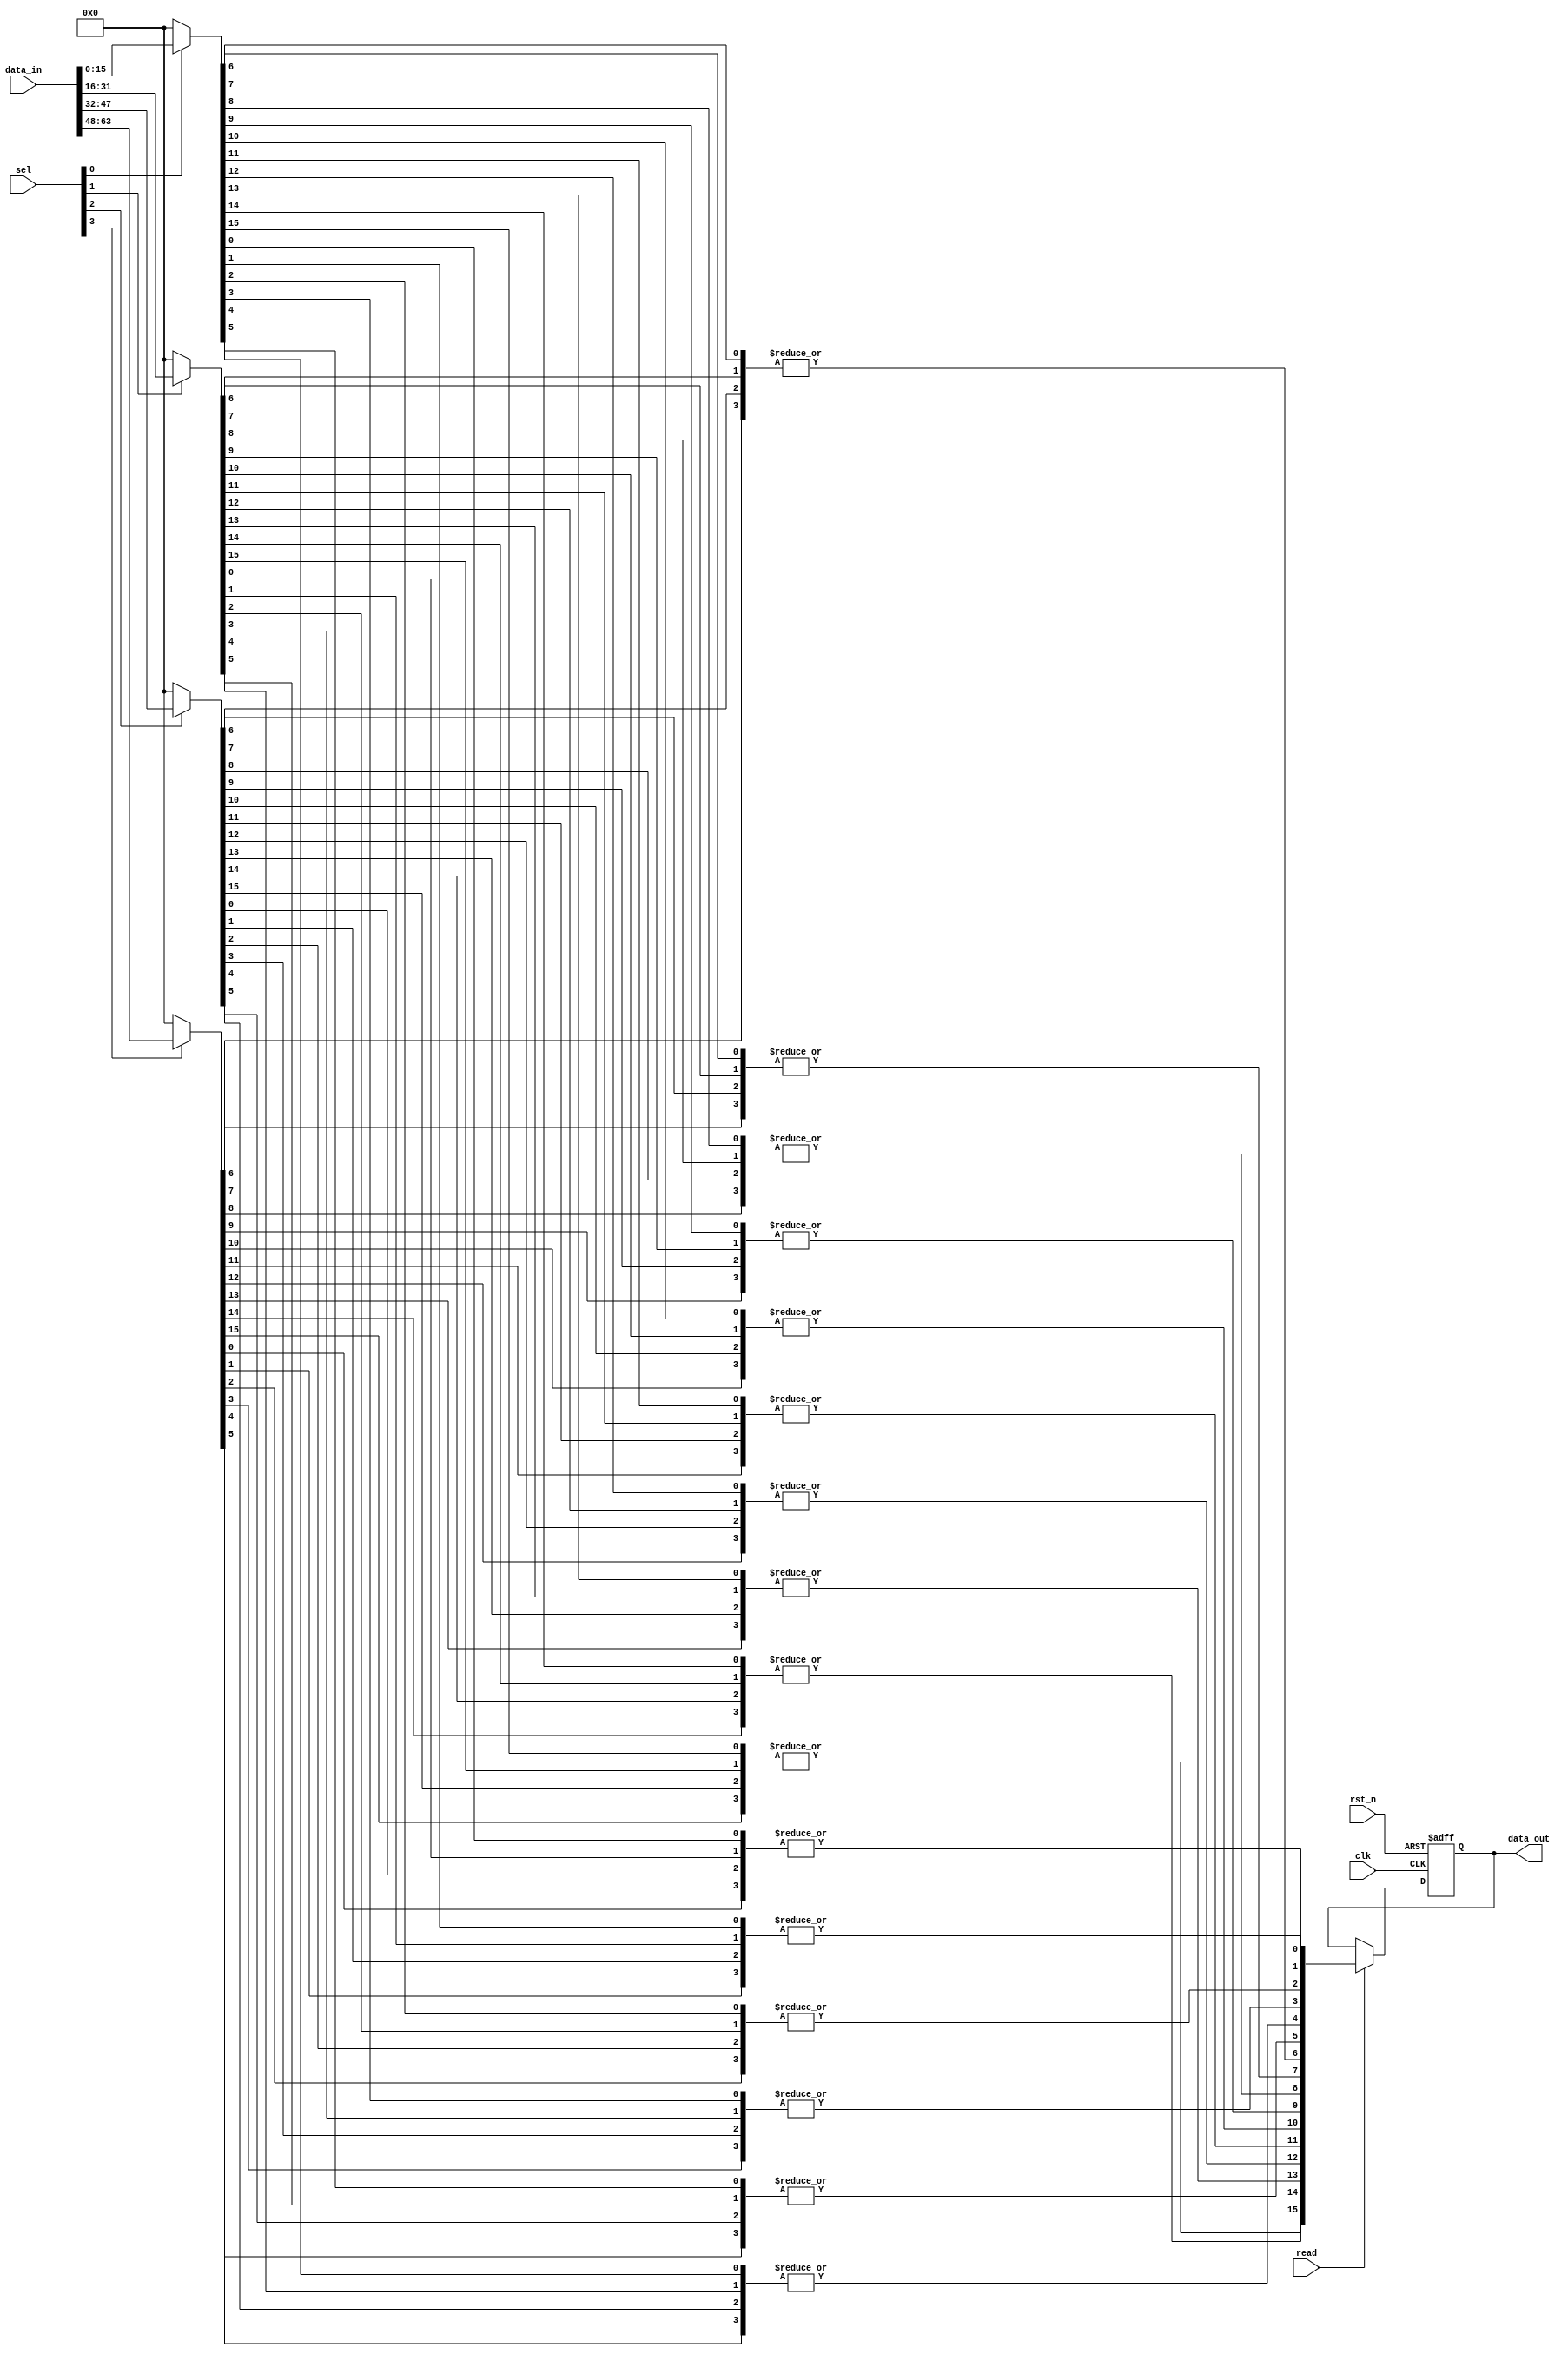
// SPDX-License-Identifier: Apache-2.0
// Copyright (C) 2019 Intel Corporation. All rights reserved
//****************************************************************************************
// (C) 2012 Altera Corporation. All rights reserved.
//
//****************************************************************************************

module cfg_dprio_readdata_mux 
#(
   parameter DATA_WIDTH      = 16,  // Data width
   parameter NUM_INPUT       = 4    // Number of n-bit input
 )
( 
input  wire                             clk,
input  wire                             rst_n,
input  wire                             read,
input  wire [NUM_INPUT-1:0]             sel,      // 1-hot selection input
input  wire [DATA_WIDTH*NUM_INPUT-1:0]  data_in,  // data input

output reg  [DATA_WIDTH-1:0]            data_out  // data output
);


wire  [DATA_WIDTH-1:0] data_out_int[0:NUM_INPUT-1];
//wire  [DATA_WIDTH-1:0] input_array[0:NUM_INPUT-1];
wire  [DATA_WIDTH-1:0] data_out_d;
wire  [NUM_INPUT-1:0] data_out_bit[0:DATA_WIDTH-1];

generate
genvar i;
  for (i=0; i<NUM_INPUT; i=i+1)
    begin: array_assignment
//      assign input_array[i] = data_in[(DATA_WIDTH*(i+1))-1:DATA_WIDTH*i];
      // 2:1 mux for each data_in[DATA_WIDTH-1:0]
      assign data_out_int[i] = (sel[i]) ? data_in[(DATA_WIDTH*(i+1))-1:DATA_WIDTH*i] : {DATA_WIDTH{1'b0}};
    end
endgenerate

generate
genvar k,l;
  for (k=0; k<DATA_WIDTH; k=k+1)
  begin: bit_sel
    for (l=0; l<NUM_INPUT; l=l+1)
      begin: bit_sel_or
        // Create array of bit[0], bit[1],.... for muxed data
        assign data_out_bit[k][l] = data_out_int[l][k];
      end
  // bitwise ORED each array element
  assign data_out_d[k] = |data_out_bit[k];
  end
endgenerate


// Registering output
always @ (negedge rst_n or posedge clk)
  if (rst_n == 1'b0)
    begin
      data_out <= {DATA_WIDTH{1'b0}};
    end
  else
    begin
      if (read == 1'b1)
        begin
          data_out <= data_out_d;
        end
    end


/*
wire [DATA_WIDTH*(NUM_INPUT+1)-1:0] out_int;

// 1-hot muxing
generate
genvar i;
 for (i=0; i<NUM_INPUT; i=i+1)
   begin: modular_mux
   hd_dpcmn_dprio_readdata_mux_mod 
   #(
     .DATA_WIDTH(DATA_WIDTH)  // Data width
    ) hd_dpcmn_dprio_readdata_mux_mod
    ( 
     .sel      (sel[i]),                                        // 1-hot selection input
     .data_in1 (data_in[DATA_WIDTH*(i+1)-1:DATA_WIDTH*(i+0)]),  // data input
     .data_in0 (out_int[DATA_WIDTH*(i+1)-1:DATA_WIDTH*(i+0)]),  // data input
     .data_out (out_int[DATA_WIDTH*(i+2)-1:DATA_WIDTH*(i+1)])   // data output
    );
   end
endgenerate

assign out_int[DATA_WIDTH-1:0] = {DATA_WIDTH{1'b0}};

// Registering output
always @ (negedge rst_n or posedge clk)
  if (rst_n == 1'b0)
    begin
      data_out <= {DATA_WIDTH{1'b0}};
    end
  else
    begin
      if (read == 1'b1)
        begin
          data_out <= out_int[DATA_WIDTH*(NUM_INPUT+1)-1:DATA_WIDTH*NUM_INPUT];
        end
    end
*/    
endmodule